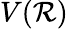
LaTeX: V(\mathcal{R})